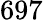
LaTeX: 697